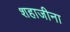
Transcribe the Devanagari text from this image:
शहाजीना